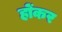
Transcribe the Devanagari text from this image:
होंकर